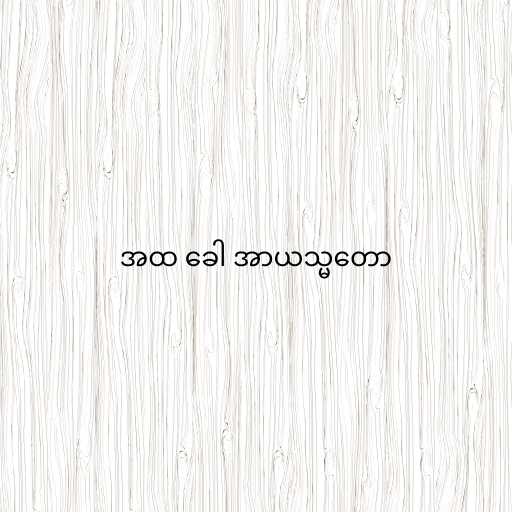
အထ ခေါ အာယသ္မတော